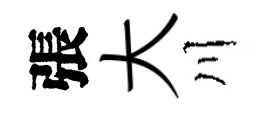
張大川